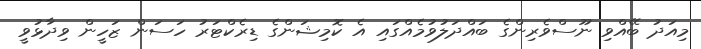
މިއަދު ބޭއްވި ނޫސްވެރިންގެ ބައްދަލުވުމެއްގައި އެ ކޮމިޝަންގެ ޑިރެކްޓަރު ހަސަން ޒަހީން ވިދާޅުވީ